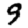
Digit: 9